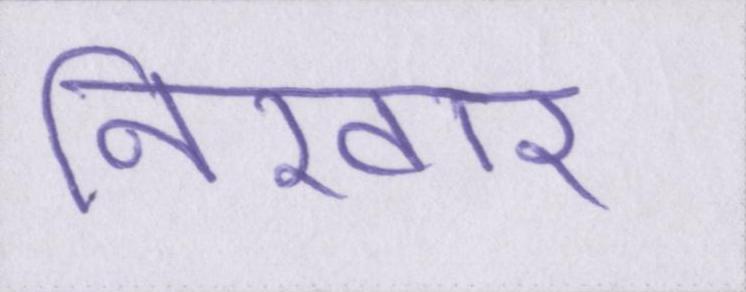
निखार